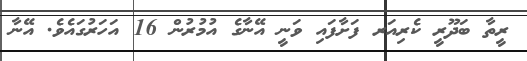
ރީތާ ބަދޫރީ ކެރިއަރ ފަށާފައި ވަނީ އޭނާގެ އުމުރުން 16 އަހަރުގައެވެ. އޭނާ